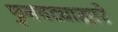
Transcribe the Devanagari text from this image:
फुगवट्याद्वारे